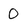
Character: O